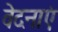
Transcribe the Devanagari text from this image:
वेदनाएं